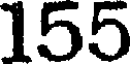
155